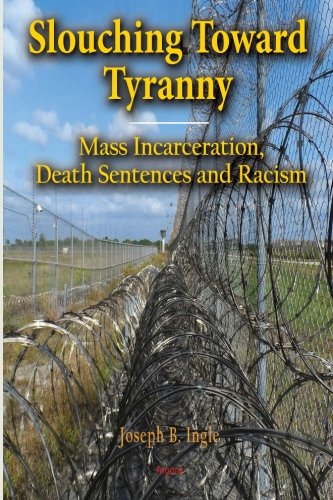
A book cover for Slouching Toward Tyranny: Mass Incarceration, Death Sentences and Racism; Joseph Ingle; Law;